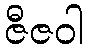
ဇီဇဝါ